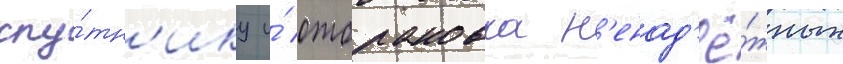
спу́тн'ику и́ отбраковка н'енад'ё́жных